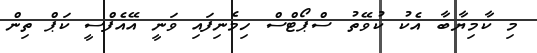
މި ކާމިޔާބާ އެކު ކުވޭތު ސްޕޯޓްސް ހިމެނިފައި ވަނީ އޭއެފްސީ ކަޕް ތިން